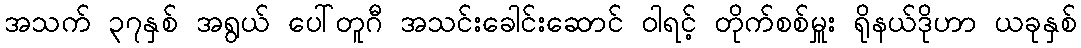
အသက် ၃၇နှစ် အရွယ် ပေါ်တူဂီ အသင်းခေါင်းဆောင် ဝါရင့် တိုက်စစ်မှူး ရိုနယ်ဒိုဟာ ယခုနှစ်